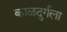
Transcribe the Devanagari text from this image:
काळदुर्गला